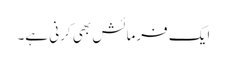
ایک فرمائش بھی کرنی ہے۔